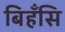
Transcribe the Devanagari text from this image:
बिहँसि